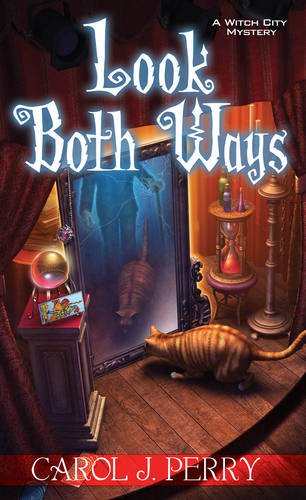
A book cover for Look Both Ways (A Witch City Mystery); Carol J. Perry; Mystery, Thriller & Suspense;